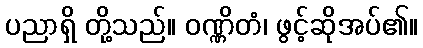
ပညာရှိ တို့သည်။ ဝဏ္ဏိတံ၊ ဖွင့်ဆိုအပ်၏။